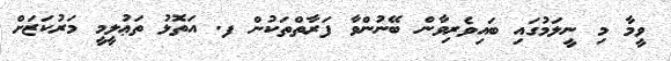
ވީމާ މި ނީލަމުގައި ބައިވެރިވާން ބޭނުންވާ ފަރާތްތަކުން ފ. އަތޮޅު ތަޢުލީމީ މަރުކަޒަށް